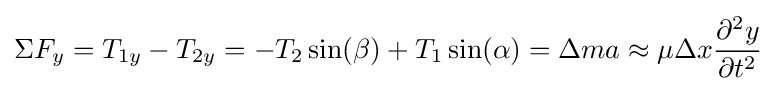
\Sigma F_{y}=T_{1y}-T_{2y}=-T_{2}\sin(\beta )+T_{1}\sin(\alpha )=\Delta ma\approx \mu \Delta x{\frac {\partial ^{2}y}{\partial t^{2}}}